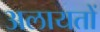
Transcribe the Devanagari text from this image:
अलायतों